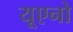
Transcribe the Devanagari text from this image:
यूएनो